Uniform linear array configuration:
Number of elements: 64
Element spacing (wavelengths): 0.25
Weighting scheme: hann
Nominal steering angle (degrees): -30
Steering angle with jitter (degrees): -28.038
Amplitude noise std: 0.05
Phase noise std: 0.05

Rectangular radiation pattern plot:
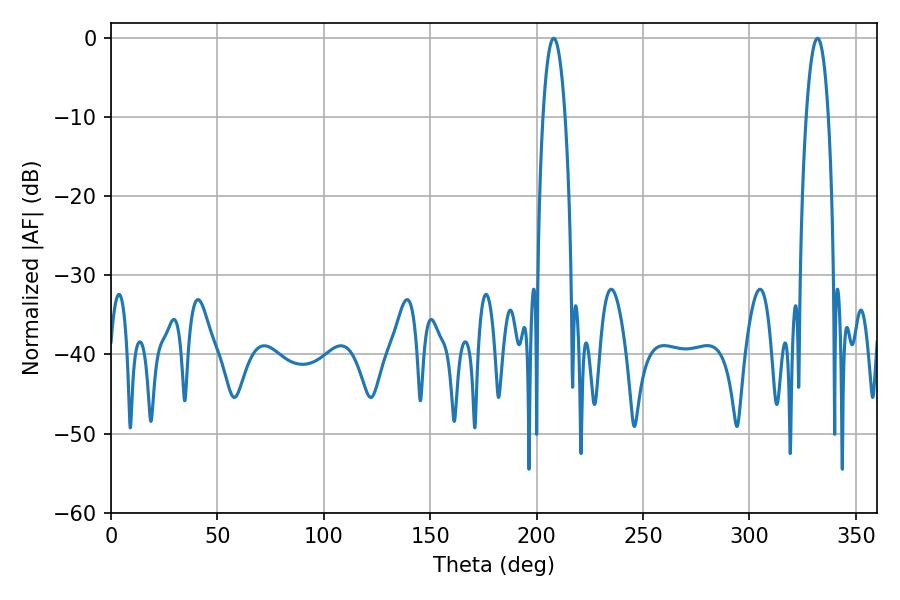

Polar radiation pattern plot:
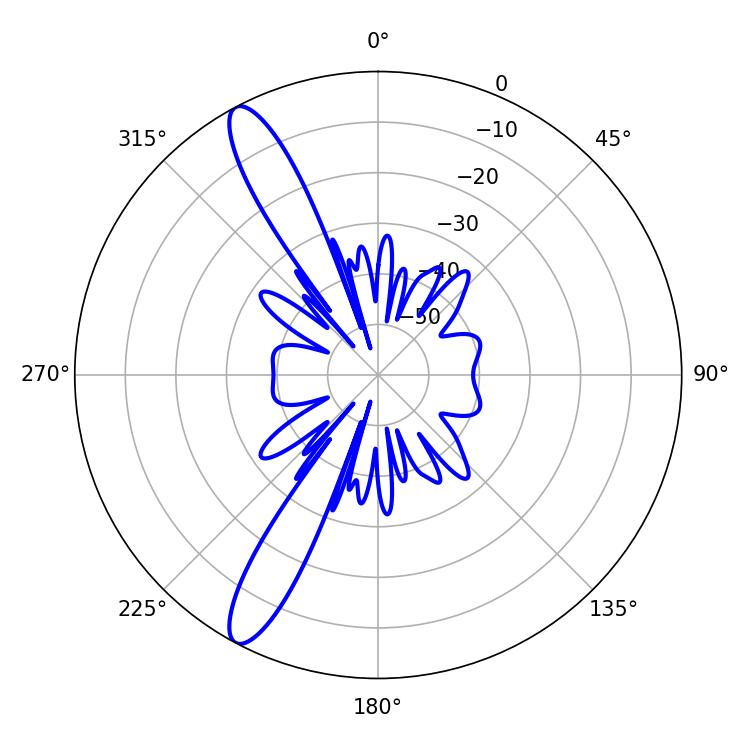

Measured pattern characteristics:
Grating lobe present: FALSE
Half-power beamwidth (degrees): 5.76
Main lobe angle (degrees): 208.08